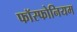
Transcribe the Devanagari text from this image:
फॉस्फोनियम